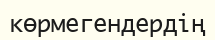
көрмегендердің